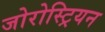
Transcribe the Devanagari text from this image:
जोरोस्ट्रियन